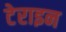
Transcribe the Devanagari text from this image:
टेराइन